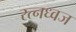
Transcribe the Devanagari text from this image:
रत्नध्वज